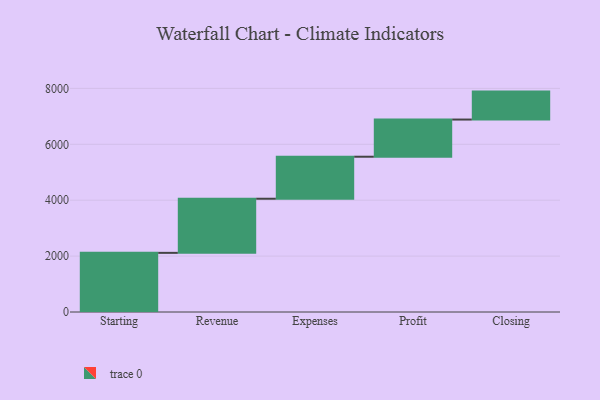
{"axis": {"x": "Step", "y": "Value"}, "legend": [""], "data": [{"x": "Starting", "y": 2116.0, "type": ""}, {"x": "Revenue", "y": 1937.0, "type": ""}, {"x": "Expenses", "y": 1503.0, "type": ""}, {"x": "Profit", "y": 1330.0, "type": ""}, {"x": "Closing", "y": 1000, "type": ""}]}